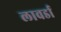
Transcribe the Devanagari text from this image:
लावर्डा